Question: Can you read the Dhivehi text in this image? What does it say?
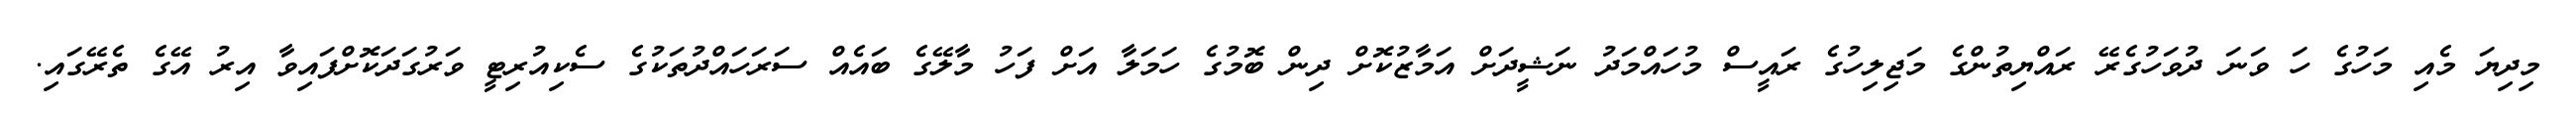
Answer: މިދިޔަ މެއި މަހުގެ ހަ ވަނަ ދުވަހުގެރޭ ރައްޔިތުންގެ މަޖިލިހުގެ ރައީސް މުހައްމަދު ނަޝީދަށް އަމާޒުކޮށް ދިން ބޮމުގެ ހަމަލާ އަށް ފަހު މާލޭގެ ބައެއް ސަރަހައްދުތަކުގެ ސެކިއުރިޓީ ވަރުގަދަކޮށްފައިވާ އިރު އޭގެ ތެރޭގައި.